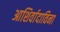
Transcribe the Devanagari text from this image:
आशिर्वादाविना